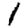
Digit: 1